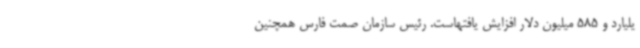
یلیارد و 585 میلیون دلار افزایش یافتهاست. رئیس سازمان صمت فارس همچنین